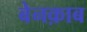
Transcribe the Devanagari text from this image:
बेनक़ाब